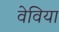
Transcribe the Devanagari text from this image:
वेविया